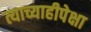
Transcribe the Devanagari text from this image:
त्याच्याहीपेक्षा